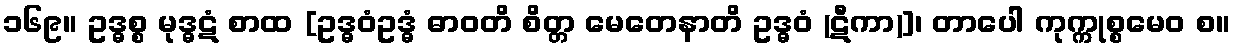
၁၆၉။ ဥဒ္ဓစ္စ မုဒ္ဓဋံ စာထ [ဥဒ္ဓဝံဥဒ္ဓံ ဓာဝတိ စိတ္တ မေတေနာတိ ဥဒ္ဓဝံ (ဋီကာ)]၊ တာပေါ ကုက္ကုစ္စမေဝ စ။